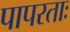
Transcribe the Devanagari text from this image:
पापरताः